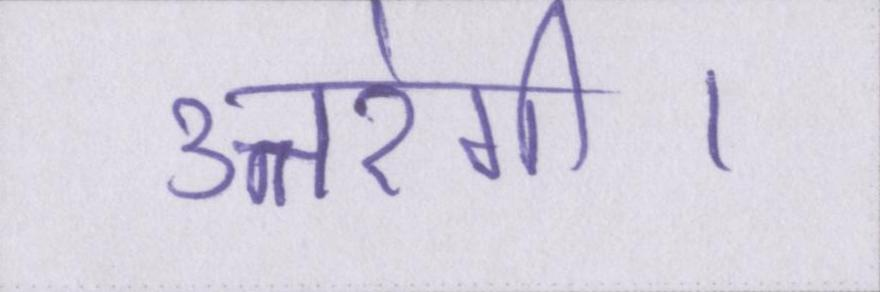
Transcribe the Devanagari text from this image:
उतरेगी।